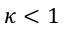
\kappa < 1